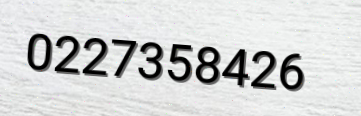
0227358426